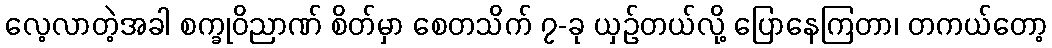
လေ့လာတဲ့အခါ စက္ခုဝိညာဏ် စိတ်မှာ စေတသိက် ၇-ခု ယှဉ်တယ်လို့ ပြောနေကြတာ၊ တကယ်တော့